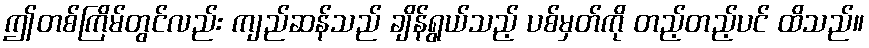
ဤတစ်ကြိမ်တွင်လည်း ကျည်ဆန်သည် ချိန်ရွယ်သည့် ပစ်မှတ်ကို တည့်တည့်ပင် ထိသည်။